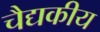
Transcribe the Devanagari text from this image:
चैद्यकीय